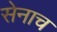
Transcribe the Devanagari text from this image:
सेनाच